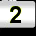
Digit: 2